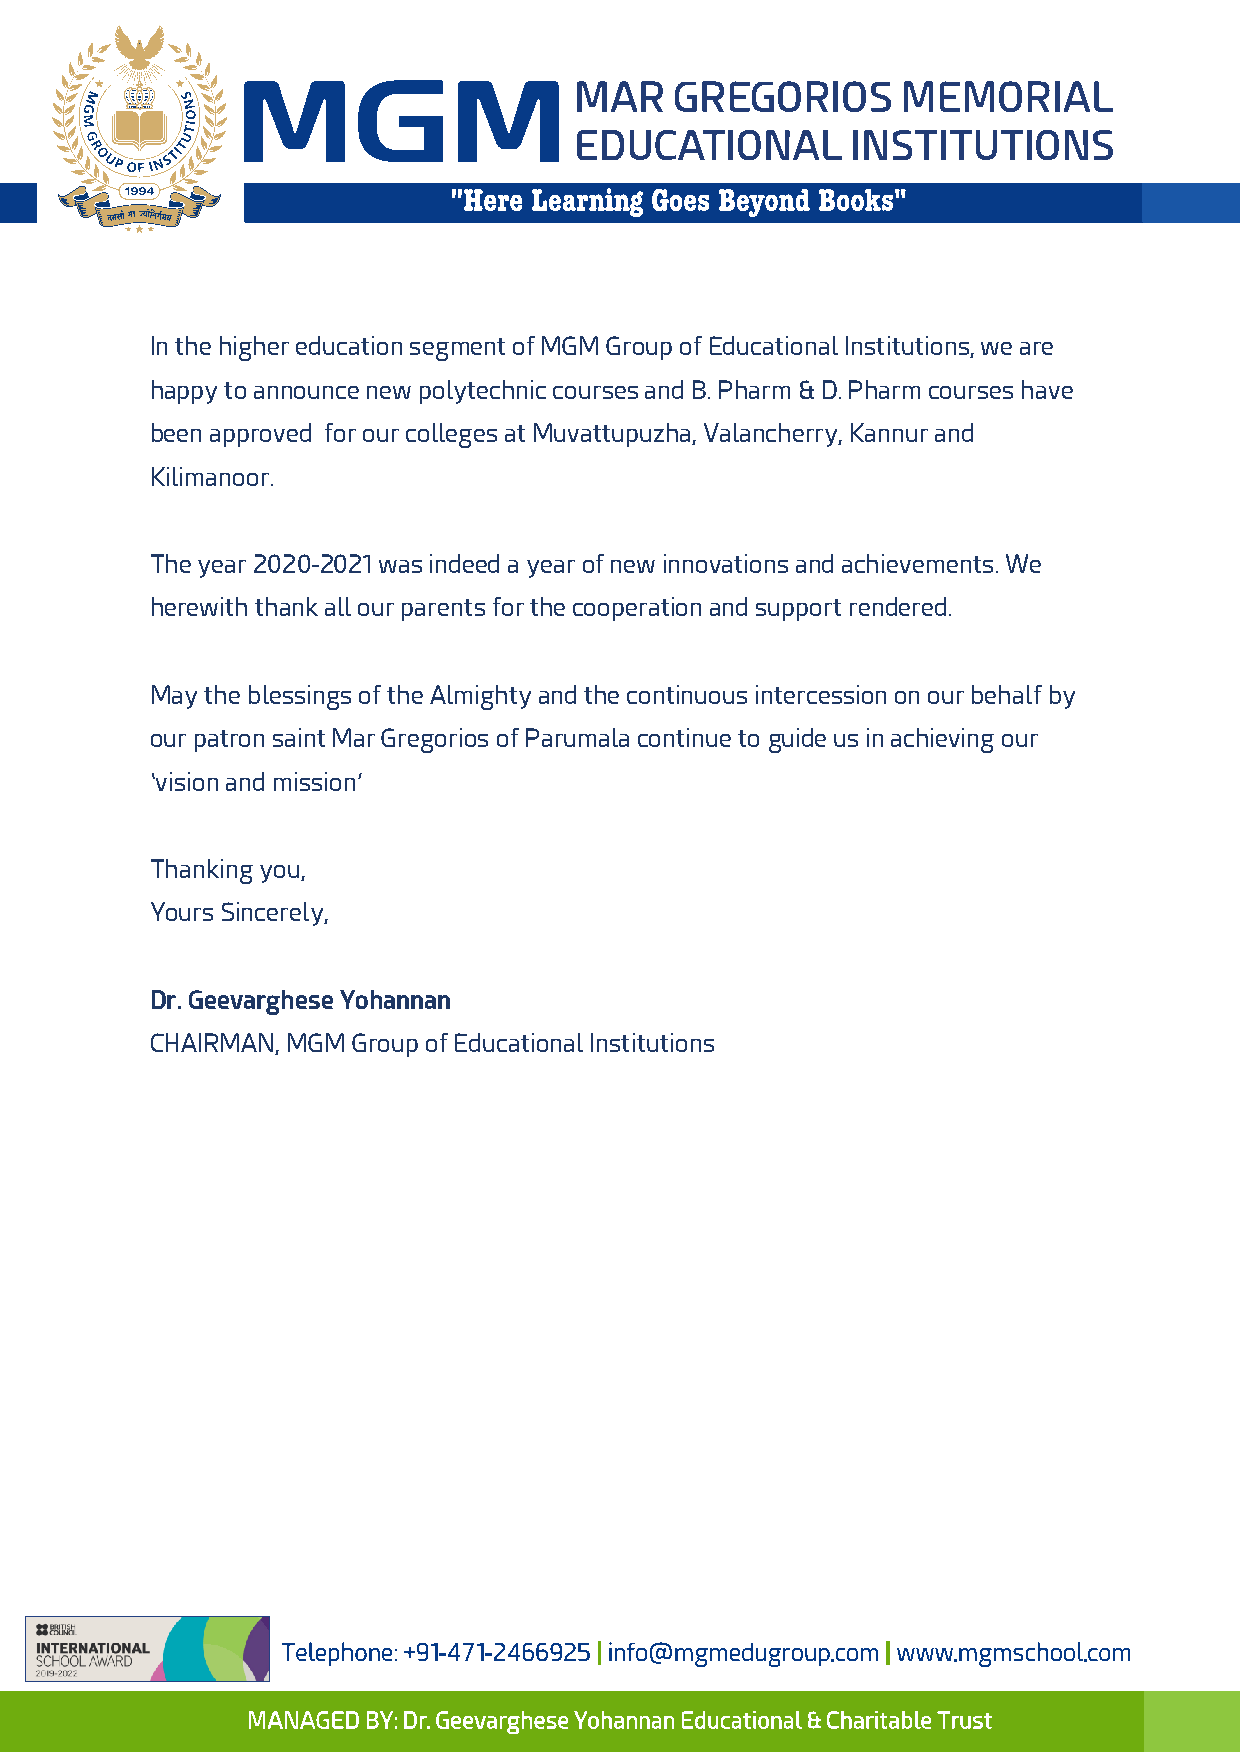
In the higher education segment of MGM Group of Educational Institutions, we are
 happy to announce new polytechnic courses and B. Pharm & D. Pharm courses have
 been approved for our colleges at Muvattupuzha, Valancherry, Kannur and
 Kilimanoor.
 The year 2020-2021 was indeed a year of new innovations and achievements. We
 herewith thank all our parents for the cooperation and support rendered.
 May the blessings of the Almighty and the continuous intercession on our behalf by
 our patron saint Mar Gregorios of Parumala continue to guide us in achieving our
 ‘vision and mission’
 Thanking you,
 Yours Sincerely,
 Dr. Geevarghese Yohannan
 CHAIRMAN, MGM Group of Educational Institutions